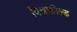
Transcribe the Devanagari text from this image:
विन्नफील्ड